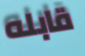
قابله